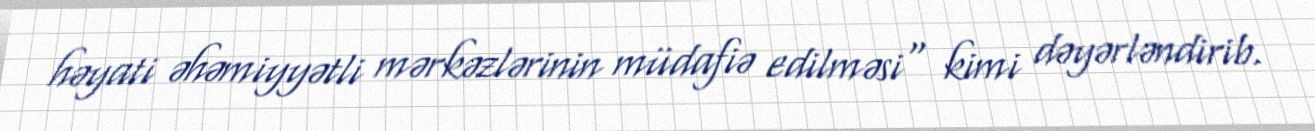
həyati əhəmiyyətli mərkəzlərinin müdafiə edilməsi" kimi dəyərləndirib.